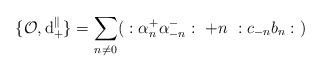
LaTeX: \begin{align*}\{\mathcal{O},\mathrm{d}_+^{\parallel}\}=\sum_{n\neq 0}(\ :\alpha_n^+\alpha_{-n}^-:\ +n\ :c_{-n}b_n:\ )\end{align*}